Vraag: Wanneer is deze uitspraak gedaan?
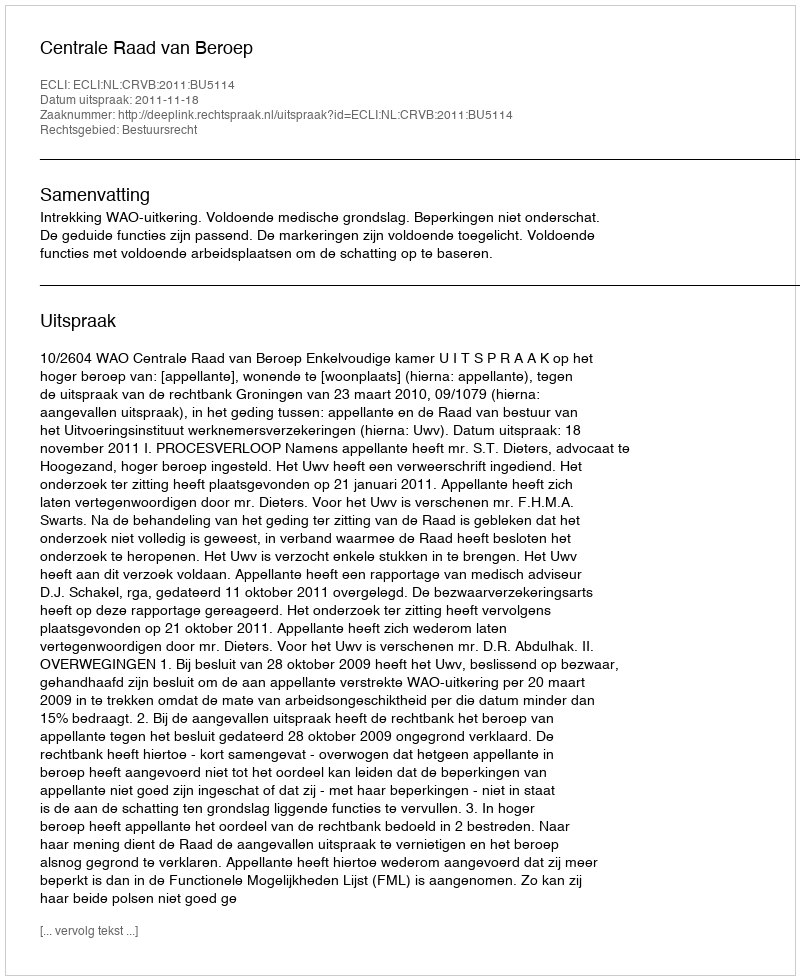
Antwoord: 2011-11-18